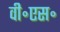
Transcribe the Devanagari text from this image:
वी॰एस॰